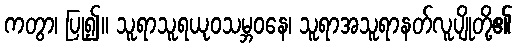
ကတွာ၊ ပြု၍။ သူရာသူရယုဝသမ္ဘဝနေ၊ သူရာအသူရာနတ်လူပျိုတို့၏